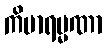
ကိမာရမ္မဏာ